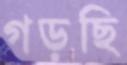
গড়ছি